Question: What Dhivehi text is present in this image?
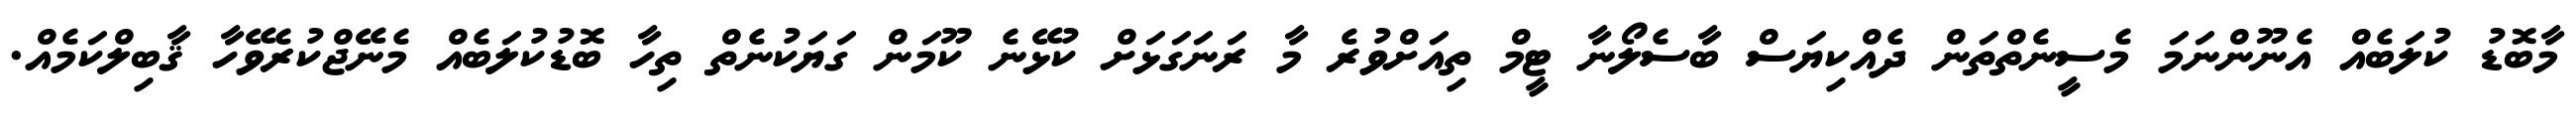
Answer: މާބޮޑު ކުލަބެއް އެނޫންނަމަ މެސީނެތްތަން ދެއްކިޔަސް ބާސެލޯނާ ޓީމް ތިއަށްވުރެ މާ ރަނަގަޅަށް ކުޅޭނެ ކޫމަން ގަޔަކުނެތް ތިހާ ބޮޑުކުލަބެއް މެނޭޖްކުރެވޭހާ ޤާބިލްކަމެއް.